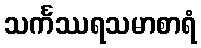
သင်္ကဿရသမာစာရံ